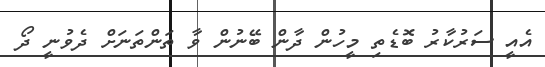
އެއީ ސަރުކާރު ބޮޑެތި މީހުން ދާން ބޭނުން ވާ ތަންތަނަށް ދެވުނީ ދޯ